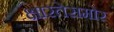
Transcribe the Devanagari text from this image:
क्षारतेसमोर